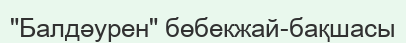
"Балдәурен" бөбекжай-бақшасы